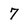
Character: 7